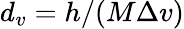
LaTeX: d_{v}=h/(M\Delta v)